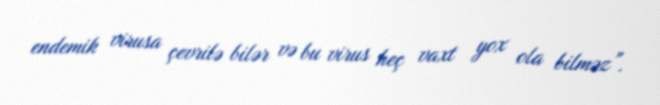
endemik virusa çevrilə bilər və bu virus heç vaxt yox ola bilməz”.